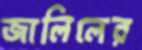
জালিলের